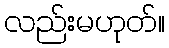
လည်းမဟုတ်။